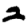
Digit: 2